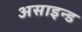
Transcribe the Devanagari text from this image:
असाइन्ड